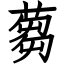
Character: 蒭